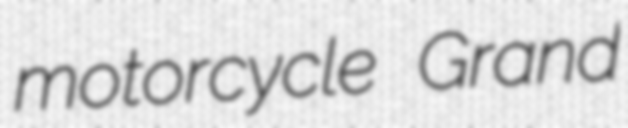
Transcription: motorcycle Grand